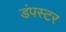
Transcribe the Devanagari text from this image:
डंपस्टर